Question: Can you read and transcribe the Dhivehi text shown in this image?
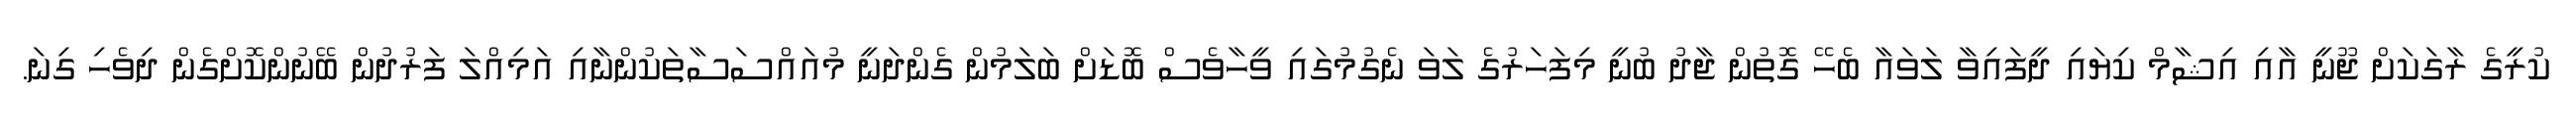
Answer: ކުރީގެ ރާގަކަށް ޖޫނީ އާއި އިޝާމް ކިޔައި ދީފައިވާ ލަވައާ ބެހޭ ގޮތުން ޖާދު ބުނީ މިފަހަރުގެ ލަވަ ނެގުމުގައި ވީހާވެސް ބޮޑަށް ބަލަމުން ގެންދަނީ މުއައްސަސާތަކުންނާއި އަމިއްލަ ފަރުދުން ބޭނުންކޮށްގެން ދިވެހި ގިނަ.